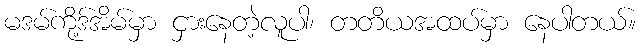
မဒမ်ကို့ဒ်အိမ်မှာ ငှားနေတဲ့လူပါ၊ တတိယအထပ်မှာ နေပါတယ်။